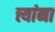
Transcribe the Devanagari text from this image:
त्त्यांना